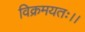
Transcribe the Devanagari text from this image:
विक्रमयतः।।